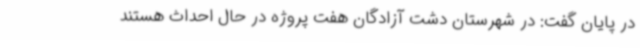
در پایان گفت: در شهرستان دشت آزادگان هفت پروژه در حال احداث هستند